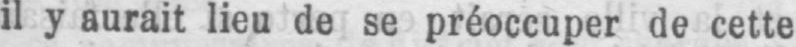
il y aurait lieu de se préoccuper de cette